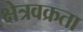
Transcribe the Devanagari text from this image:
क्षेत्रवक्रता